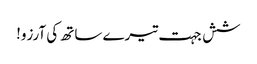
شش جہت تیرے ساتھ کی آرزو!